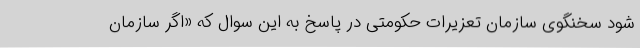
شود سخنگوی سازمان تعزیرات حکومتی در پاسخ به این سوال که «اگر سازمان